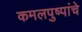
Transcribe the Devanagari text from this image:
कमलपुष्पांचे